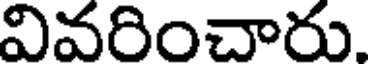
వివరించారు.